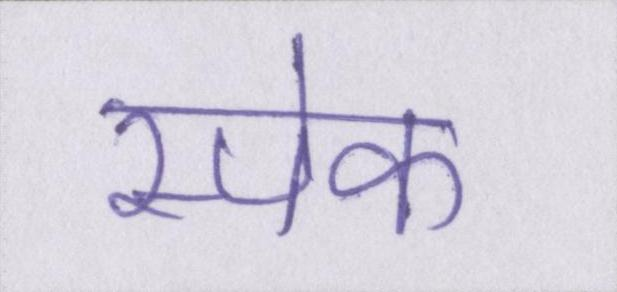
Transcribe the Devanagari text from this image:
स्पेक